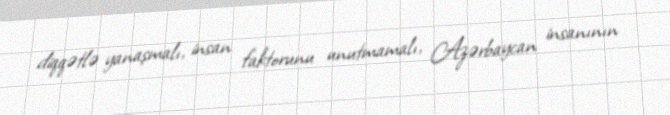
diqqətlə yanaşmalı, insan faktorunu unutmamalı, Azərbaycan insanının